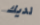
لديك